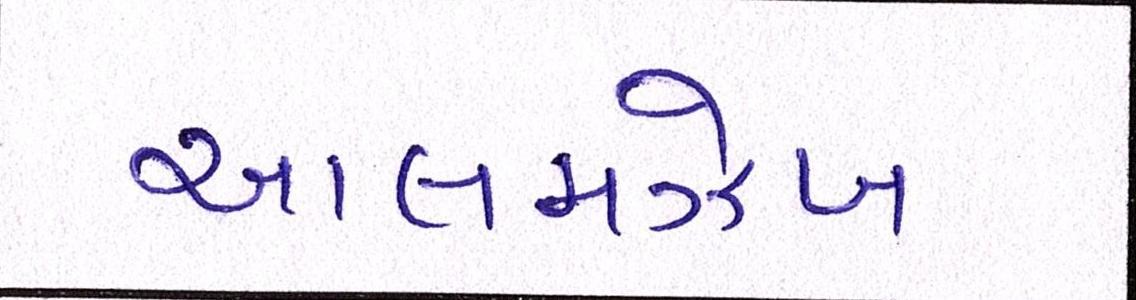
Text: આલમઝેબ